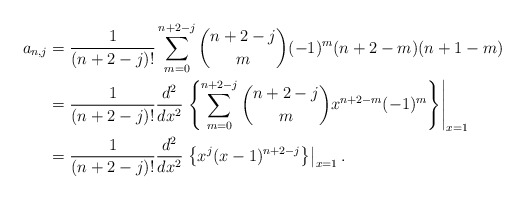
\begin{align*} a_{n,j}&=\frac{1}{(n+2-j)!}\sum_{m=0}^{n+2-j}\binom{n+2-j}{m}(-1)^m(n+2-m)(n+1-m)\\&=\frac{1}{(n+2-j)!}\frac{d^2}{dx^2}\left.\left\{\sum_{m=0}^{n+2-j}\binom{n+2-j}{m}x^{n+2-m}(-1)^m\right\}\right|_{x=1}\\&=\frac{1}{(n+2-j)!}\frac{d^2}{dx^2}\left.\left\{x^j(x-1)^{n+2-j}\right\}\right|_{x=1}.\end{align*}